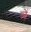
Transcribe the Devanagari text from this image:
ञें